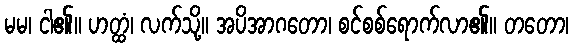
မမ၊ ငါ၏။ ဟတ္ထံ၊ လက်သို့။ အပိအာဂတော၊ စင်စစ်ရောက်လာ၏။ တတော၊